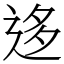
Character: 迻